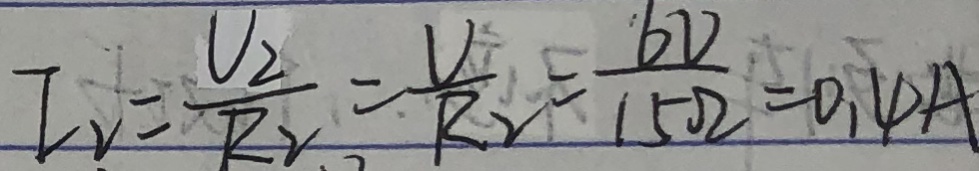
I _ { V } = \frac { U _ { 2 } } { R _ { r } } = \frac { V } { R _ { 2 } } = \frac { b V } { 1 5 \Omega } = 0 , 4 / A